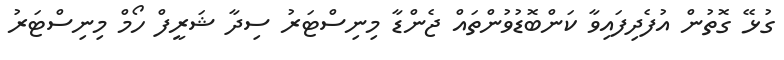
ގުޅޭ ގޮތުން އުފެދިފައިވާ ކަންބޮޑުވުންތައް ޖެންޑާ މިނިސްޓަރު ސިދާ ޝަރީފް ހޯމް މިނިސްޓަރު